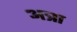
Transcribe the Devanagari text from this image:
अत्रा